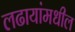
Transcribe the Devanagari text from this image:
लढायांमधील